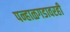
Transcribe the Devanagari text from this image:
पन्हाळगडावरही